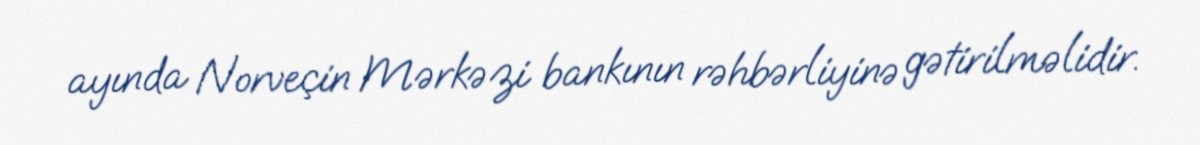
ayında Norveçin Mərkəzi bankının rəhbərliyinə gətirilməlidir.